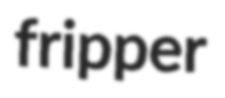
fripper